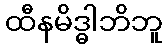
ထီနမိဒ္ဓါဘိဘူ